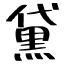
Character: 黛